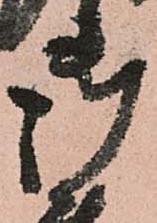
御